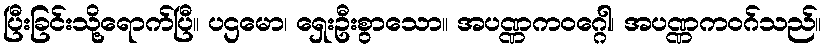
ပြီးခြင်းသို့ရောက်ပြီ။ ပဌမော၊ ရှေးဦးစွာသော။ အပဏ္ဏကဝဂ္ဂေါ၊ အပဏ္ဏကဝဂ်သည်။